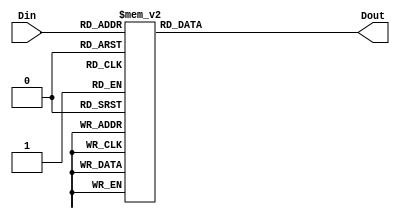
module Frequency_Divider_Decoder(Din, Dout);
input[2:0] Din;
output[31:0] Dout;
reg[31:0] Dout;

always @(Din)
	case(Din)
		3'd0:
			Dout = 32'd200000000; // 1/4 Hz
		3'd1:
			Dout = 32'd150000000; // 1/3 Hz
		3'd2:
			Dout = 32'd100000000; // 1/2 Hz
		3'd3:
			Dout = 32'd50000000;  // 1 Hz
		3'd4:
			Dout = 32'd25000000;  // 2 Hz
		3'd5:
			Dout = 32'd16670000;  // 3 Hz
		3'd6:
			Dout = 32'd10000000;  // 5 Hz
		3'd7:
			Dout = 32'd8; // 32'd6250000; // 8 Hz
	endcase

endmodule